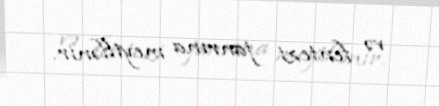
və fentezi janrına meyillənir.